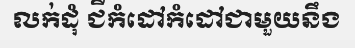
លក់ដុំ ជីកំដៅកំដៅជាមួយនឹង